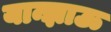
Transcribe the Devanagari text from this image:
यान्झाऊ